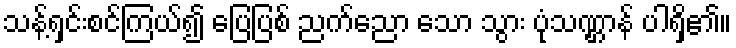
သန့်ရှင်းစင်ကြယ်၍ ပြေပြစ် ညက်ညော သော သွား ပုံသဏ္ဌာန် ပါရှိ၏။